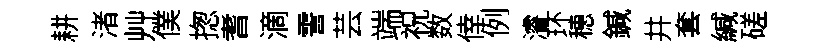
耕渚艸僕揔耆滴霅芸端祝数倖例濬环穂鍼井套緘磋